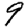
Digit: 9